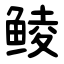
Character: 鲮